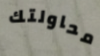
محاولتك